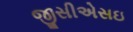
જીસીએસઇ